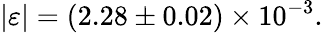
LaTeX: |\varepsilon|=(2.28\pm 0.02)\times 10^{-3}.